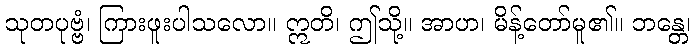
သုတပုဗ္ဗံ၊ ကြားဖူးပါသလော။ ဣတိ၊ ဤသို့။ အာဟ၊ မိန့်တော်မူ၏။ ဘန္တေ၊